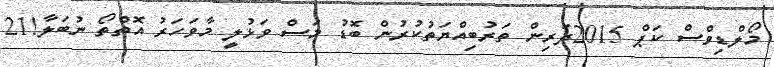
މޯލްޑިވްސް ކަޕް 2015ދަރިން ތަރުބިއްޔަތުކުރުން ބޮޑު މަސް ވަޅުލީ މާވަހަރު އޮތްތޯ ނުބަލާ!21